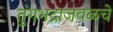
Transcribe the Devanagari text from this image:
तुंगभद्राजवळचे